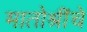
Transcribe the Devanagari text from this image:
मातोश्रींचे